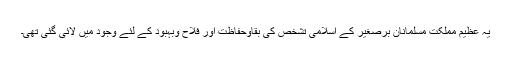
یہ عظیم مملکت مسلمانان برصغیر کے اسلامی تشخص کی بقاوحفاظت اور فلاح وبہبود کے لئے وجود میں لائی گئی تھی۔